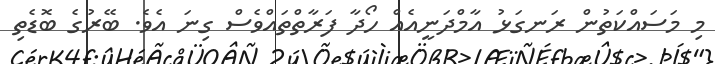
މި މަސައްކަތުން ރަނގަޅު އާމްދަނީއެއް ހޯދާ ފަރާތްތައްވެސް ގިނަ އެވެ. ބޭރުގެ ބޮޑެތި